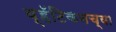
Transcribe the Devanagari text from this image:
व्हॅटिकनच्या